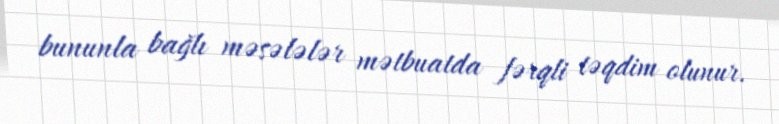
bununla bağlı məsələlər mətbuatda fərqli təqdim olunur.